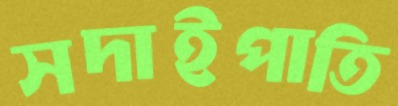
সদাইপাতি